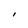
Character: i